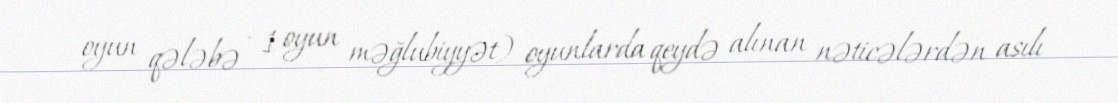
oyun qələbə - 1 oyun məğlubiyyət) oyunlarda qeydə alınan nəticələrdən asılı